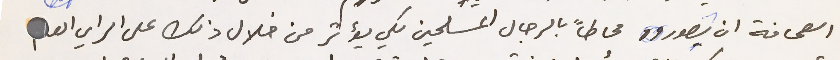
الصحافة ان يصوروه محاطاً بالرجال المسلحين لكي يؤثر من خلال ذلك على الراي العام